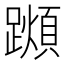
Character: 𨆌